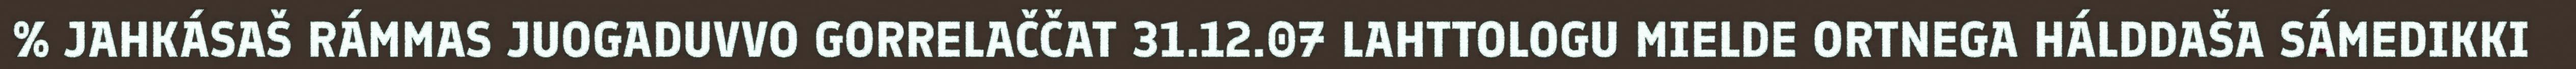
% JAHKÁSAŠ RÁMMAS JUOGADUVVO GORRELAČČAT 31.12.07 LAHTTOLOGU MIELDE ORTNEGA HÁLDDAŠA SÁMEDIKKI